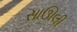
સાઊલી